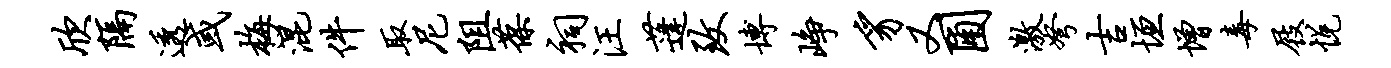
欣隔透或梅混件取尼阻葆祠汪蓬致博峥豸又圃激弩吉垣增毒屐悦